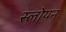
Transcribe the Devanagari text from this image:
स्लोयन